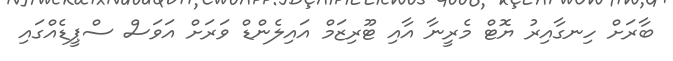
ބާރަށް ހިނގާއިރު ޔޮޓް މެރީނާ އާއި ޓޫރިޒަމް އައިލެންޑް ވަރަށް އަވަސް ސްޕީޑެއްގައި